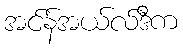
အင်န်အယ်လ်ဒီက